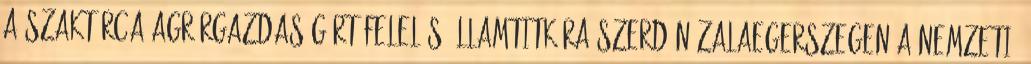
a szaktárca agrárgazdaságért felelős államtitkára szerdán Zalaegerszegen a Nemzeti.